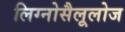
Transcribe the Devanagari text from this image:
लिग्नोसैलूलोज